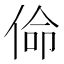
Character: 𠊈